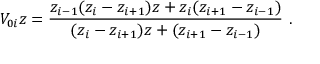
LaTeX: V _ { 0 i } z = \frac { z _ { i - 1 } ( z _ { i } - z _ { i + 1 } ) z + z _ { i } ( z _ { i + 1 } - z _ { i - 1 } ) } { ( z _ { i } - z _ { i + 1 } ) z + ( z _ { i + 1 } - z _ { i - 1 } ) } \ .